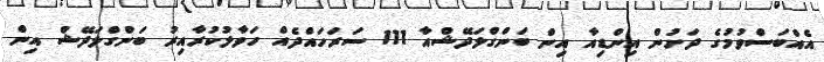
އެއްބަސްވުމުގެ ދަށުން އިންޑިއާ އިން ބަންގްލަދޭޝްއާ 111 ސަރަހައްދެއް ހަވާލުކުރާއިރު ބަންގްލަދޭޝް އިން